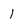
Character: 1